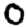
Digit: 0